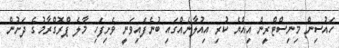
ހައުސިން މިނިސްޓްރީން އިއްޔެ ކުރި އިއުލާނެއްގައި ބުނެފައިވަނީ ވެށިފަހި މާލެ ޕްރޮގްރާމުގެ ދަށުން